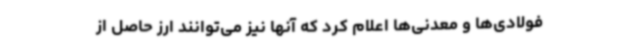
فولادی‌ها و معدنی‌ها اعلام کرد که آنها نیز می‌توانند ارز حاصل از